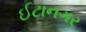
ઈટાનગર